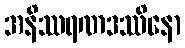
အနိဿရဏဒဿိနော